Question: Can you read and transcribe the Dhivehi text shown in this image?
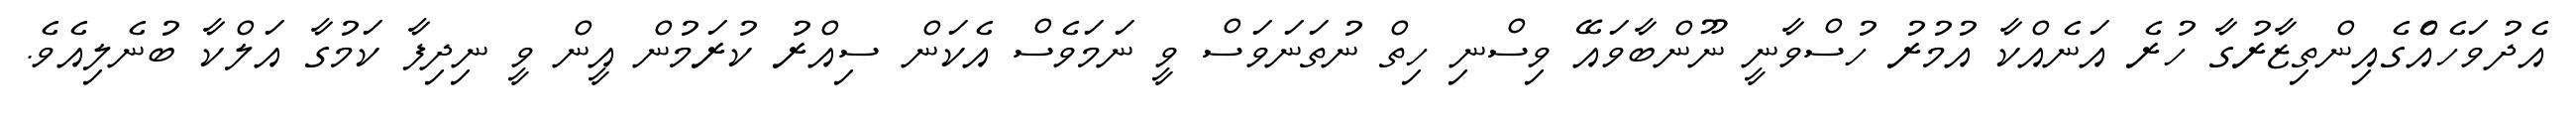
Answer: އެދުވަހެއްެގެއިންތިޒާރުގާ ހުރެ އަނެއްކާ އުމުރު ހުސްވާނީ ނޫންބާވައޭ ވިސްނި ހިތް ނުތަނަވަސް ވީ ނަމަވެސް އެކަން ސިއްރު ކުރަމުން އީން ވީ ނިދިފާ ކަމުގާ އަލްކާ ބުނެލިއެވެ.